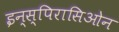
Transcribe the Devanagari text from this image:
इन्स्पिरासिओन